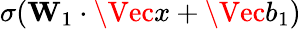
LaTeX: \sigma(\mathbf{W}_{1}\cdot\Vec{x}+\Vec{b}_{1})